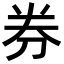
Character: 券